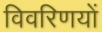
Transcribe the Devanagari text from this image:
विवरिणयों